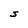
Character: S